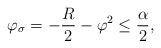
LaTeX: \begin{align*}\varphi_{\sigma}=-\dfrac{R}{2}-\varphi^2\leq \dfrac{\alpha}{2},\end{align*}